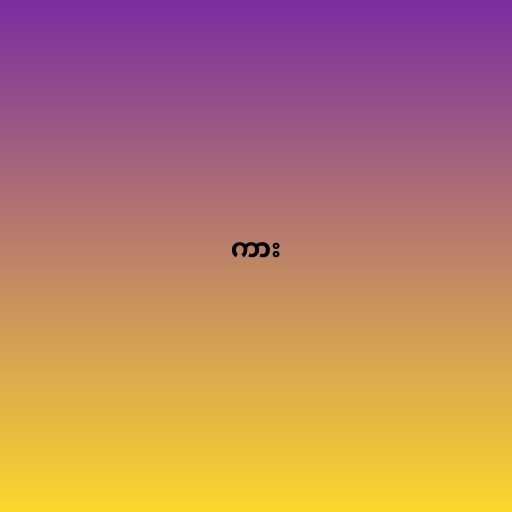
ကား